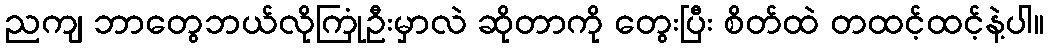
ညကျ ဘာတွေဘယ်လိုကြုံဦးမှာလဲ ဆိုတာကို တွေးပြီး စိတ်ထဲ တထင့်ထင့်နဲ့ပါ။